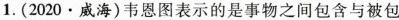
1.(2020 · 威海)韦恩图表示的是事物之间包含与被包